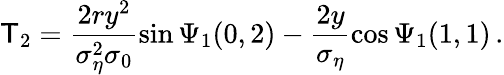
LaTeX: \mathsf{T}_{2}=\frac{{2ry^{2}}}{{\sigma_{\eta}^{2}\sigma_{0}}}\sin\Psi_{1}(0,2)-\frac{{2y}}{{\sigma_{\eta}}}\cos\Psi_{1}(1,1)\, .